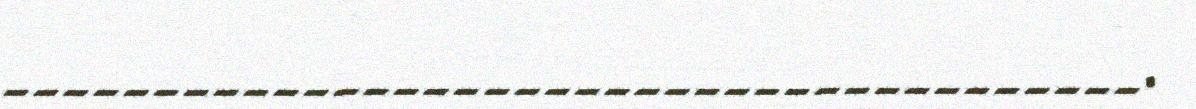
______________________________________.